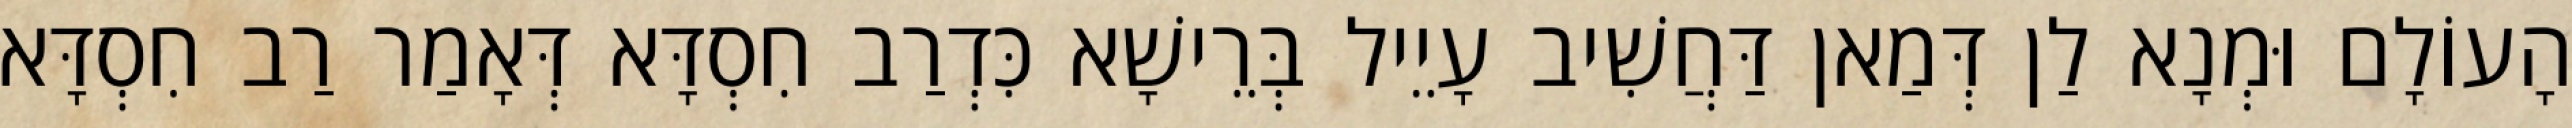
הָעוֹלָם וּמְנָא לַן דְּמַאן דַּחֲשִׁיב עָיֵיל בְּרֵישָׁא כִּדְרַב חִסְדָּא דְּאָמַר רַב חִסְדָּא